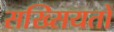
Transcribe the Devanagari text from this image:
सख्सियतों